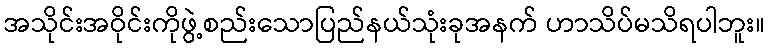
အသိုင်းအဝိုင်းကိုဖွဲ့စည်းသောပြည်နယ်သုံးခုအနက် ဟာသိပ်မသိရပါဘူး။